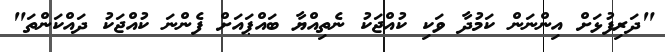
"ދަރިފުޅަށް އިންނަން ކަމުދާ ވަކި ކުއްޖަކު ނެތިއްޔާ ބައްޕައަށް ފެންނަ ކުއްޖަކު ދައްކަންތަ"